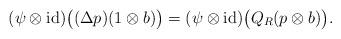
LaTeX: \begin{align*} (\psi\otimes\operatorname{id})\bigl((\Delta p)(1\otimes b)\bigr)=(\psi\otimes\operatorname{id})\bigl(Q_R(p\otimes b)\bigr).\end{align*}